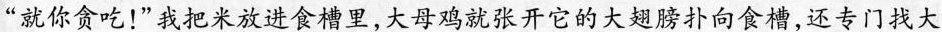
”就你贪吃！”我把米放进食槽里，大母鸡就张开它的大翅膀扑向食槽，还专门找大